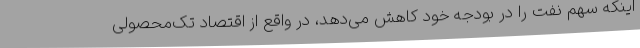
اینکه سهم نفت را در بودجه خود کاهش می‌دهد، در واقع از اقتصاد تک‌محصولی